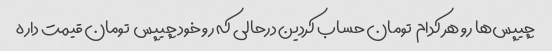
چیپس‌ها رو هر کدام  تومان حساب کردین درحالی که رو خود چیپس  تومان قیمت داره